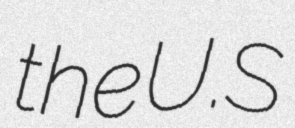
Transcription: the U.S